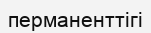
перманенттігі